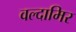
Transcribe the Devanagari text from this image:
वल्दामिर